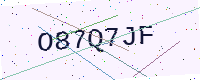
Text: O87Q7JF